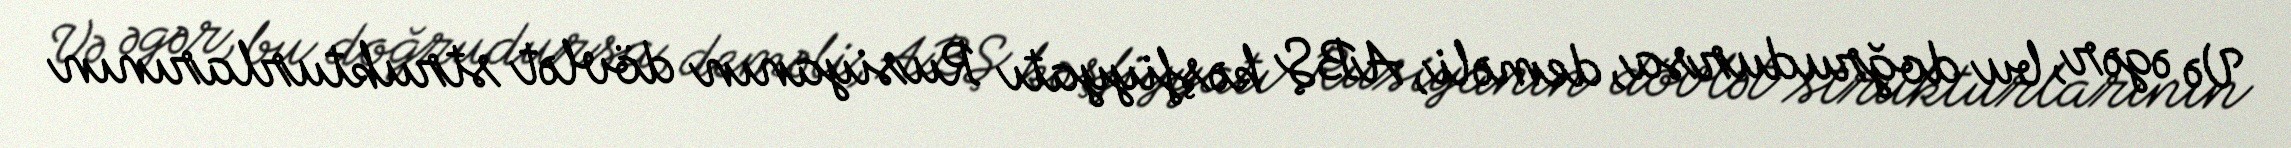
Və əgər, bu doğrudursa, deməli, ABŞ kəşfiyyatı Rusiyanın dövlət strukturlarının